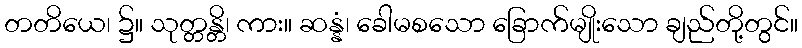
တတိယေ၊ ၌။ သုတ္တန္တိ၊ ကား။ ဆန္နံ၊ ခေါမစသော ခြောက်မျိုးသော ချည်တို့တွင်။